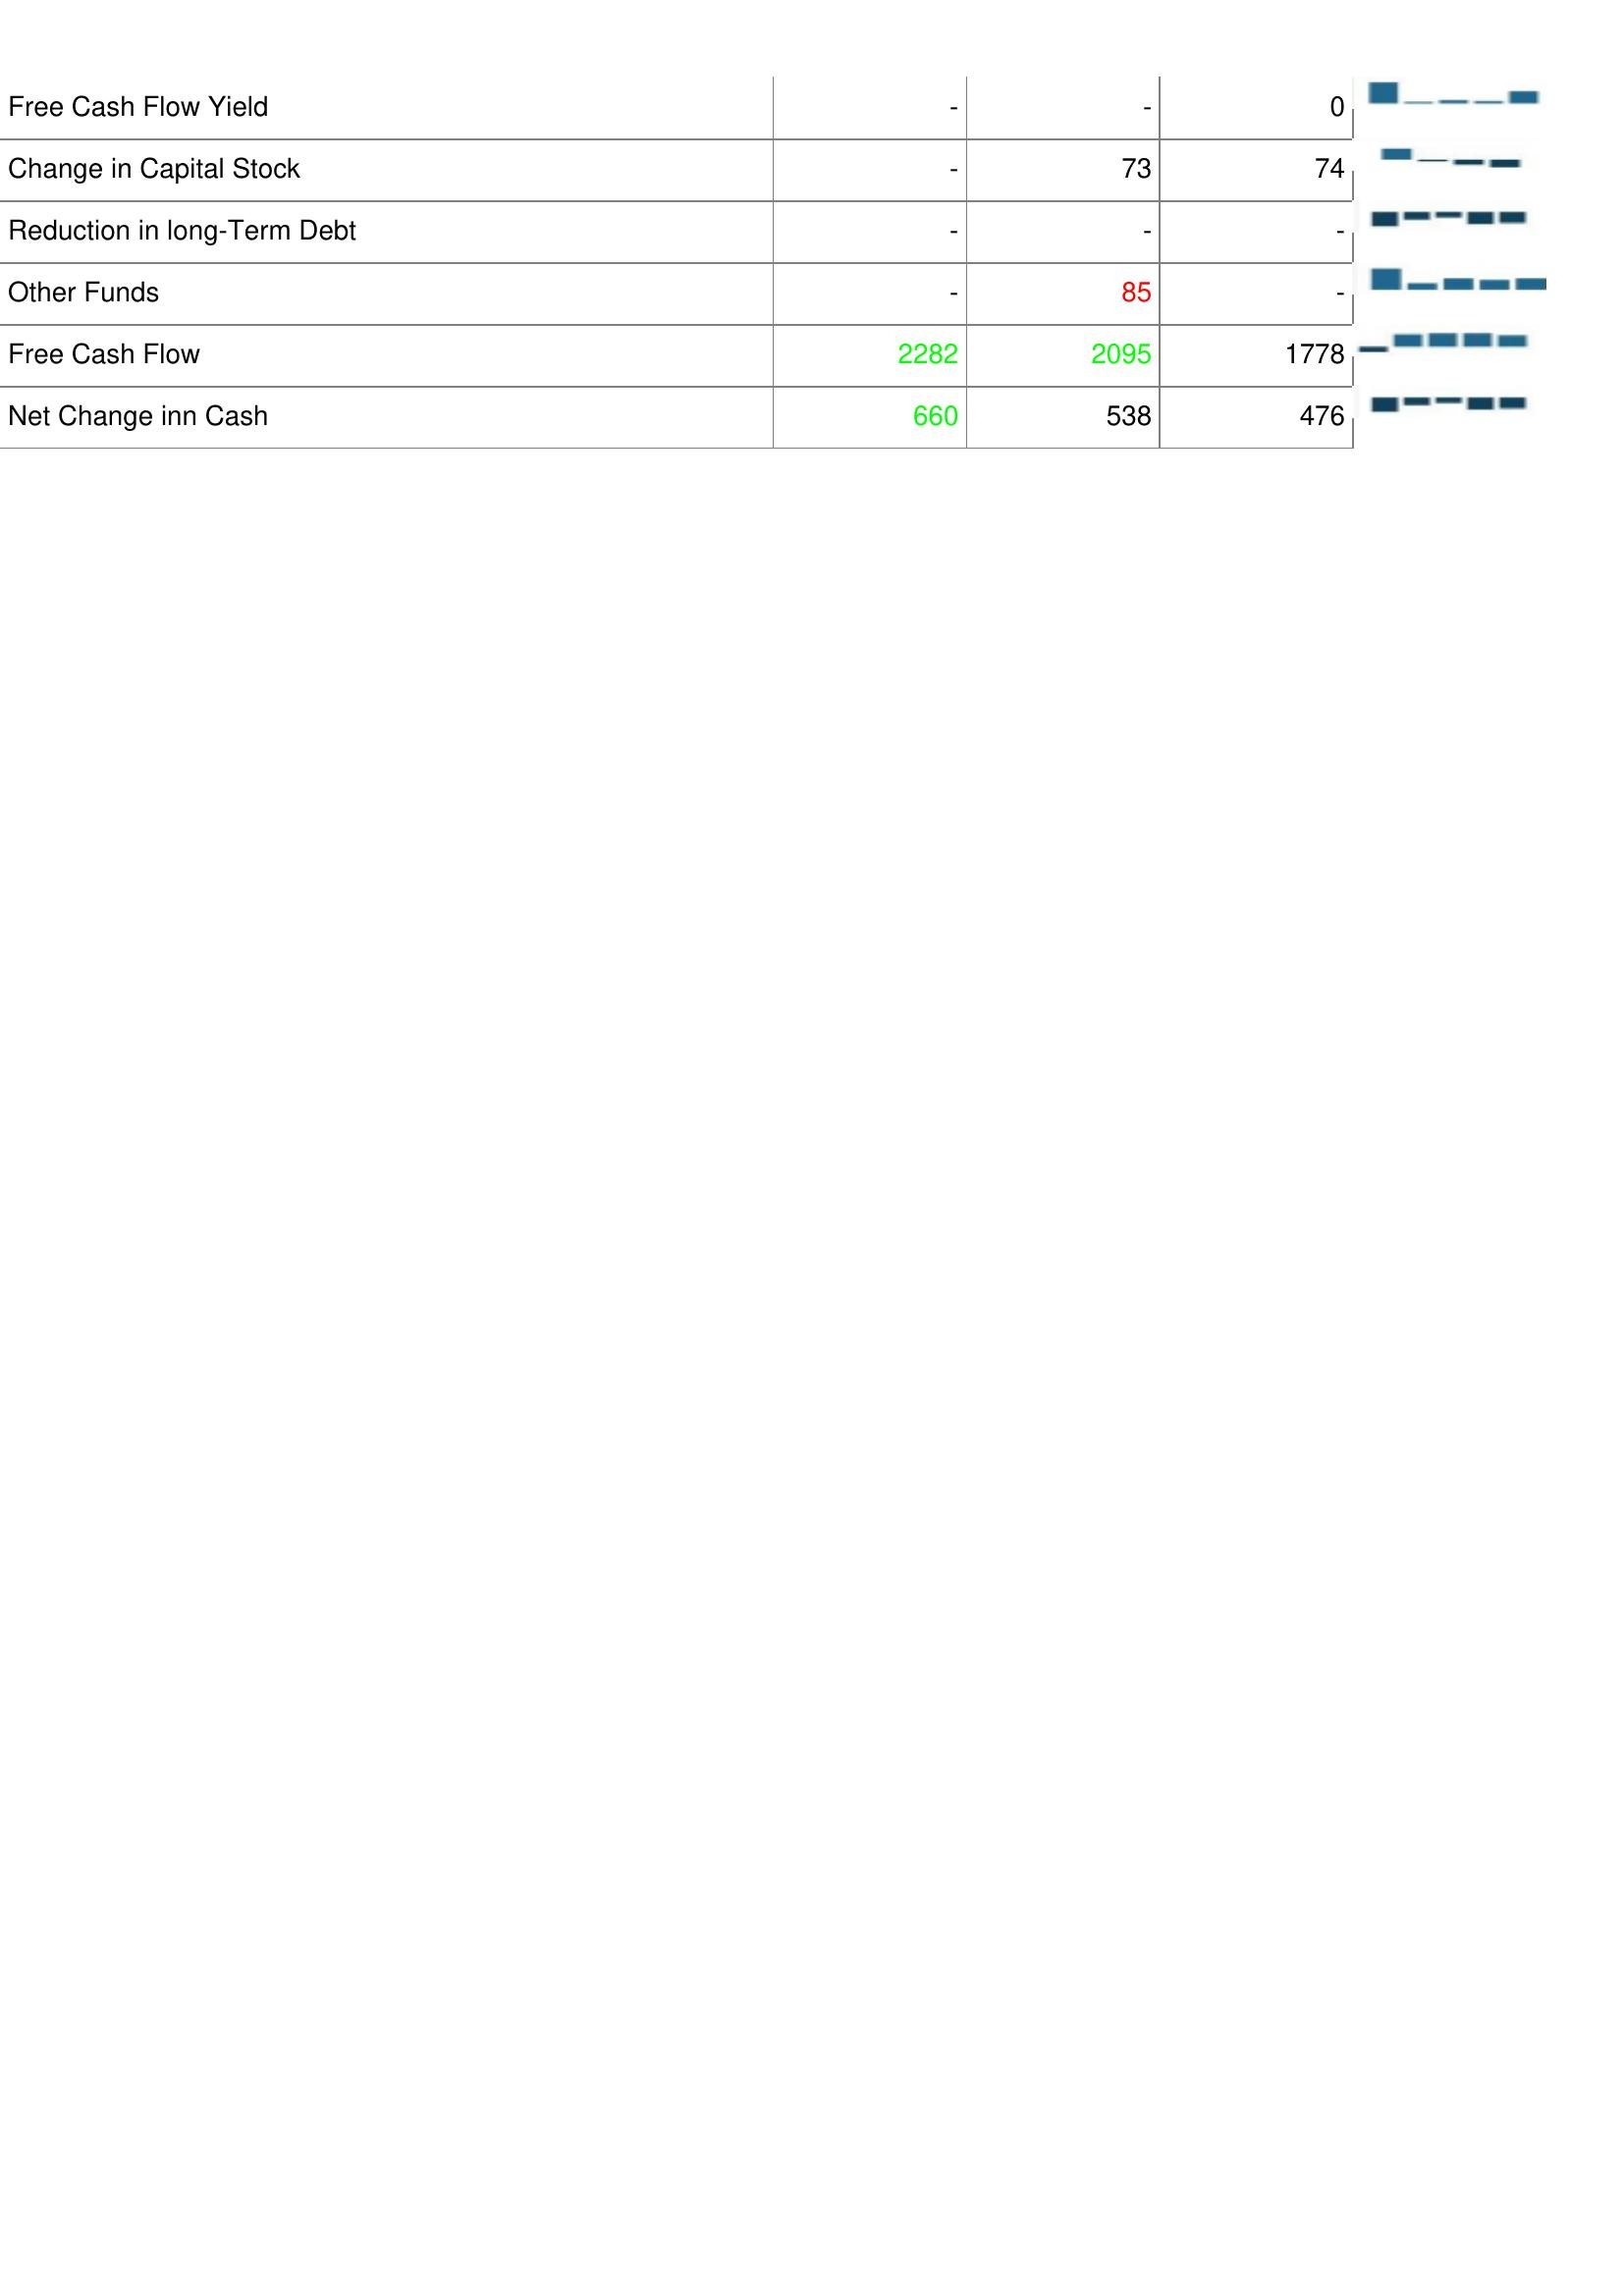
2012: Financing Activities: Free Cash Flow Yield: -
Change in Capital Stock: -
Reduction in long-Term Debt: -
Other Funds: -
Free Cash Flow: 2282
Net Change inn Cash: 660
2013: Financing Activities: Free Cash Flow Yield: -
Change in Capital Stock: 73
Reduction in long-Term Debt: -
Other Funds: 85
Free Cash Flow: 2095
Net Change inn Cash: 538
2014: Financing Activities: Free Cash Flow Yield: 0
Change in Capital Stock: 74
Reduction in long-Term Debt: -
Other Funds: -
Free Cash Flow: 1778
Net Change inn Cash: 476